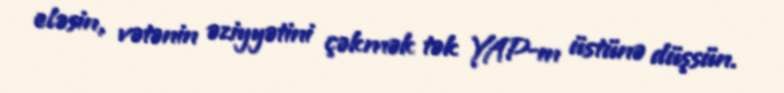
eləsin, vətənin əziyyətini çəkmək tək YAP-ın üstünə düşsün.